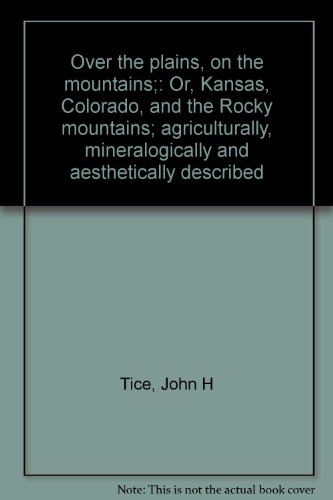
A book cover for Over the plains, on the mountains;: Or, Kansas, Colorado, and the Rocky mountains; agriculturally, mineralogically and aesthetically described; John H Tice; Travel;